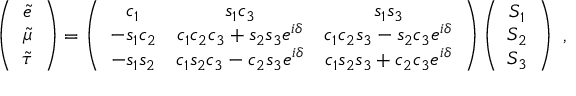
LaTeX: \left( \begin{array} { c } { { \tilde { e } } } \\ { { \tilde { \mu } } } \\ { { \tilde { \tau } } } \end{array} \right) = \left( \begin{array} { c c c } { { c _ { 1 } } } & { { s _ { 1 } c _ { 3 } } } & { { s _ { 1 } s _ { 3 } } } \\ { { - s _ { 1 } c _ { 2 } } } & { { c _ { 1 } c _ { 2 } c _ { 3 } + s _ { 2 } s _ { 3 } e ^ { i \delta } } } & { { c _ { 1 } c _ { 2 } s _ { 3 } - s _ { 2 } c _ { 3 } e ^ { i \delta } } } \\ { { - s _ { 1 } s _ { 2 } } } & { { c _ { 1 } s _ { 2 } c _ { 3 } - c _ { 2 } s _ { 3 } e ^ { i \delta } } } & { { c _ { 1 } s _ { 2 } s _ { 3 } + c _ { 2 } c _ { 3 } e ^ { i \delta } } } \end{array} \right) \left( \begin{array} { c } { { S _ { 1 } } } \\ { { S _ { 2 } } } \\ { { S _ { 3 } } } \end{array} \right) \ ,